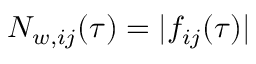
N _ { w , i j } ( \tau ) = | f _ { i j } ( \tau ) |